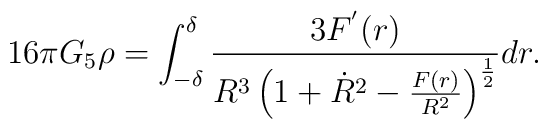
16\pi G_{5}\rho=\int_{-\delta}^\delta\frac{3F^{'}(r)}{R^3\left(1+\dot{R}^2-\frac{F(r)}{R^2}\right)^{\frac{1}{2}}}dr.